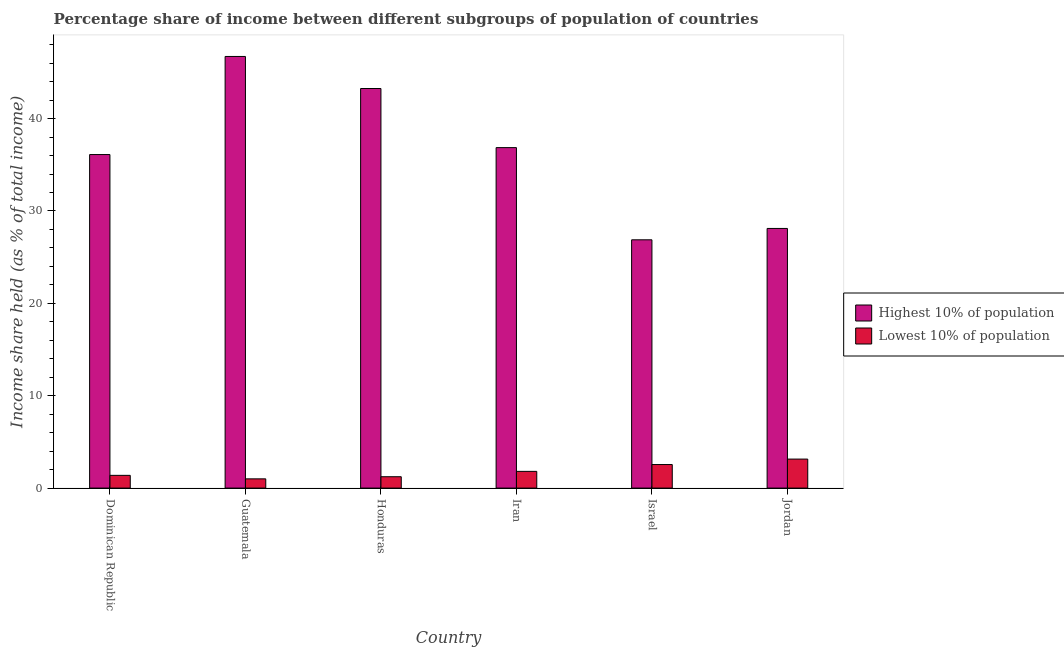
| Country | Highest 10% of population | Lowest 10% of population |
 | --- | --- | --- |
 | Dominican Republic | 36.1 | 1.38 |
 | Guatemala | 46.7 | 1 |
 | Honduras | 43.3 | 1.23 |
 | Iran | 36.9 | 1.81 |
 | Israel | 26.9 | 2.55 |
 | Jordan | 28.1 | 3.14 |